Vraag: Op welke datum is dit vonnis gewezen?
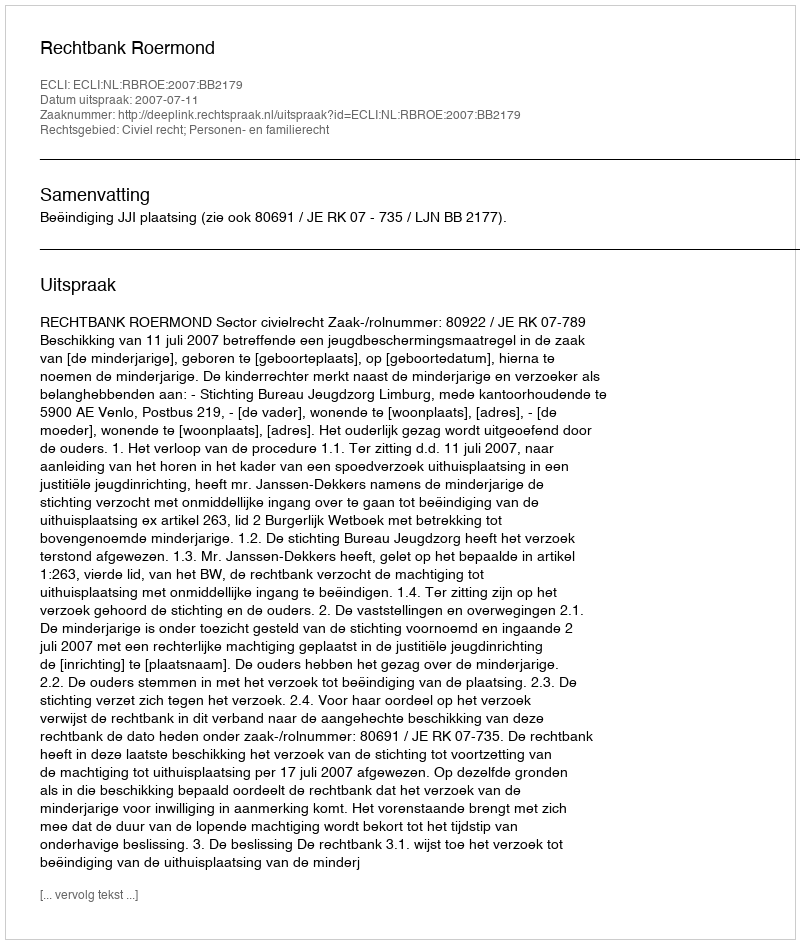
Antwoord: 2007-07-11